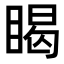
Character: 𥈎